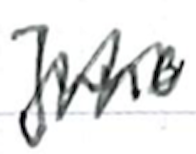
Text: Juno
Cross-out: zig-zag
Writing tool: ballpoint